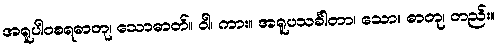
အရူပါဝစရဓာတု၊ သောဓာတ်။ ဝါ၊ ကား။ အရူပသင်္ခါတာ၊ သော။ ဓာတု၊ တည်း။